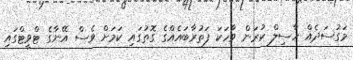
މަގުސަދެއް ހާސިލް ކުރަން ވާހަކަ ފަތުރާބައެއްގެ ގޮތުގައި ކަމަށް ވެސް އޭނާގެ ޓްވީޓްގައި